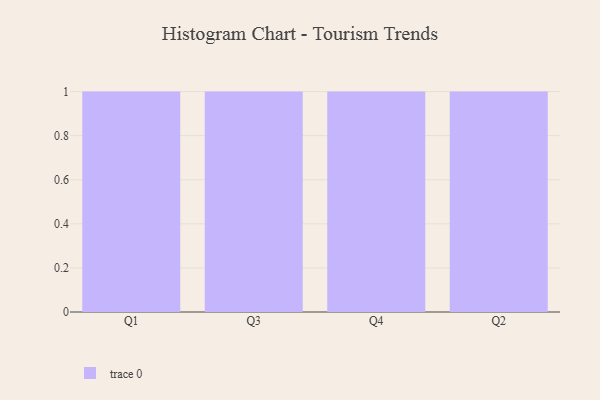
{"axis": {"x": "Quarter", "y": "Net Income (USD K)"}, "legend": [""], "data": [{"x": "Q1", "y": 97, "type": ""}, {"x": "Q3", "y": 44, "type": ""}, {"x": "Q4", "y": 34, "type": ""}, {"x": "Q2", "y": 14, "type": ""}]}